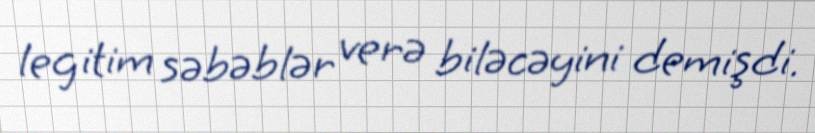
legitim səbəblər verə biləcəyini demişdi.